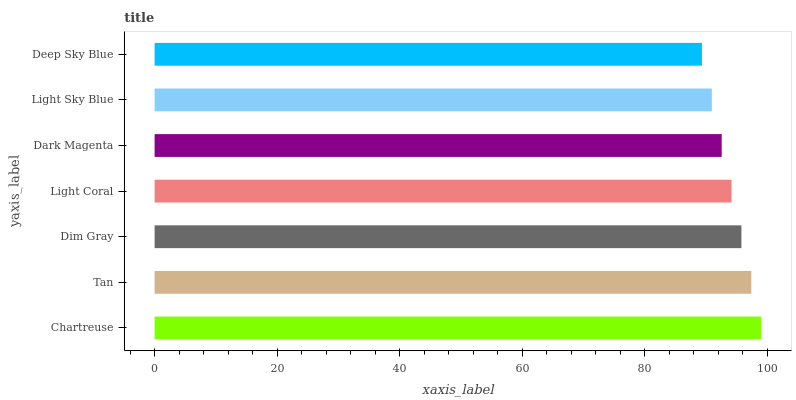
| yaxis_label | bars |
 | --- | --- |
 | Chartreuse | 99 |
 | Tan | 97.4 |
 | Dim Gray | 95.8 |
 | Light Coral | 94.2 |
 | Dark Magenta | 92.6 |
 | Light Sky Blue | 90.9 |
 | Deep Sky Blue | 89.3 |